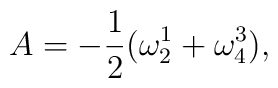
A = - \frac{1}{2}(\omega^{1}_{2}+\omega^{3}_{4}),